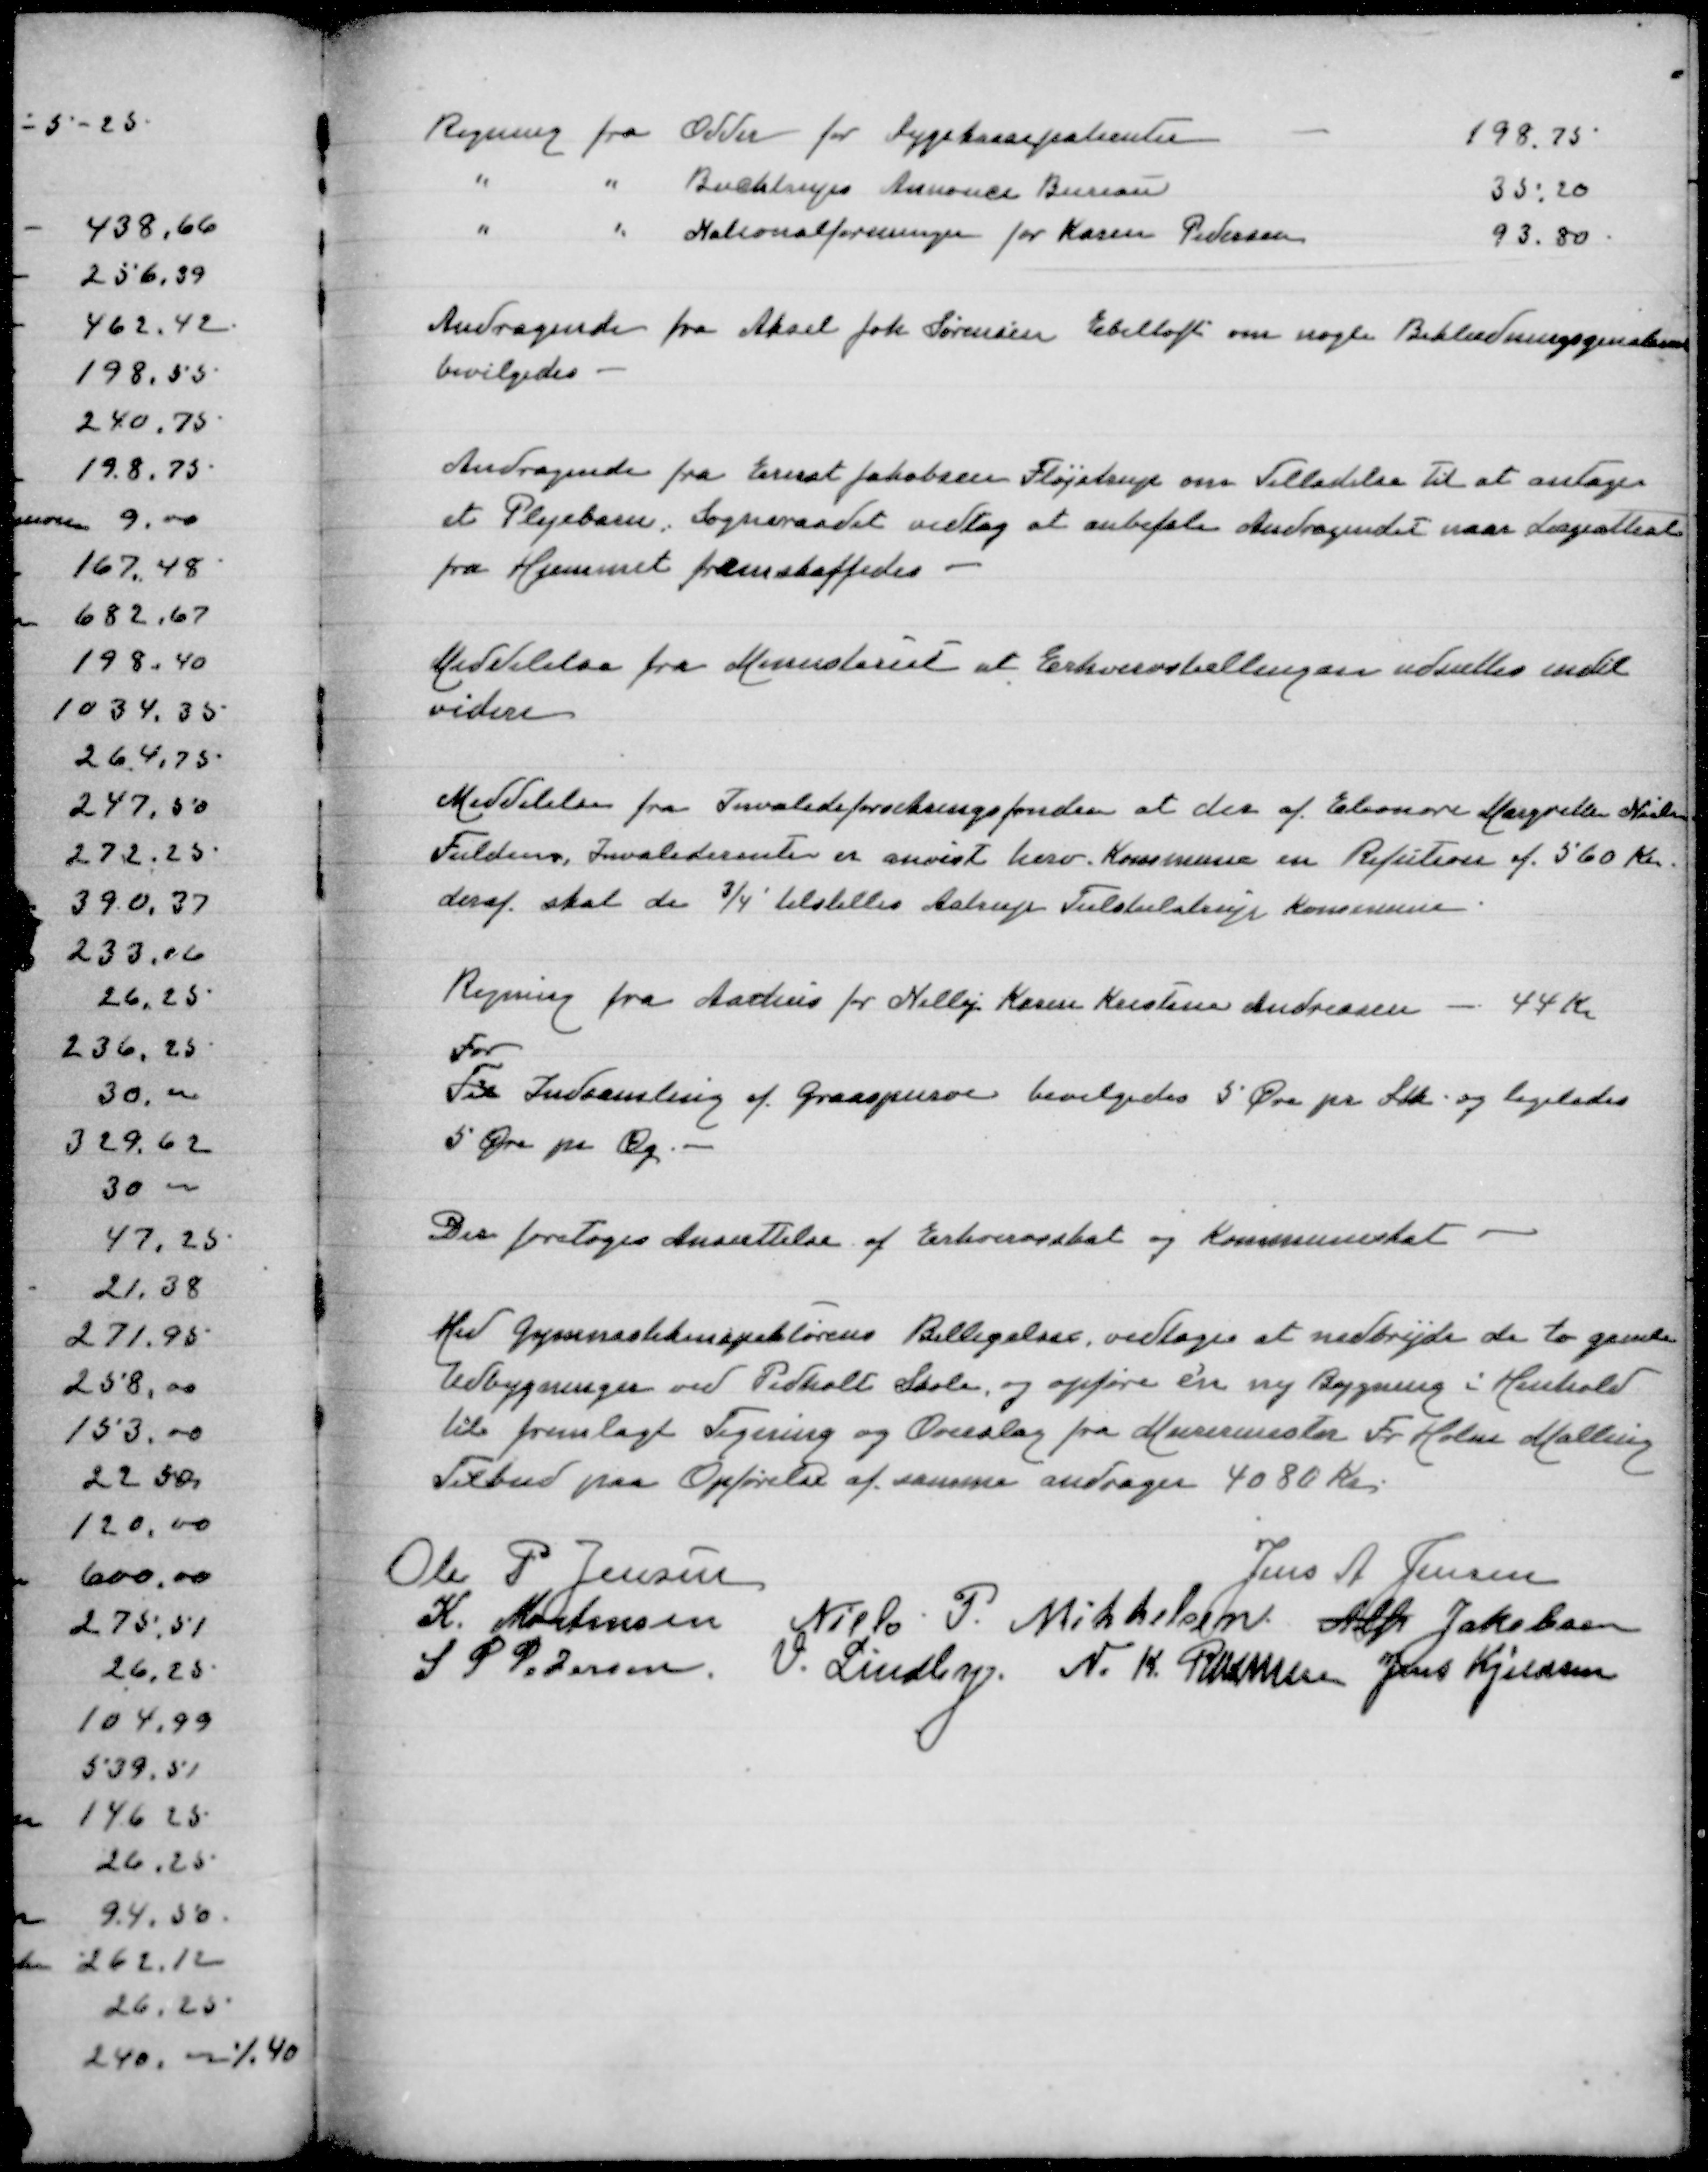
Transskription:
Regning fra Odder for Sygehuspatienter
198,75
" " Buchtrups Annonce Bureau
35,20
" " Nationalforeningen for Karen Pedersen
93,80

Andragende fra Aksel Johs Sørensen Ebeltoft om nogle Beklædningsgenstande
bevilgedes

Andragende fra Ernst Jakobsen Fløjstrup om tilladelse til at antage
et Plejebarn, Sogneraadet vedtog at anbefale Andragendet naar Lægeattest
fra Hjemmet fremskaffedes

Meddelelse fra Ministeriet at Erhvervsbellinger udsættes indtil
videre

Meddelelse fra Invalideforsikringsfonden at der af Eleonora Margtrethe Nielsen
Fuldens, Invaliderente er anvist herv Kommune en Refusion af 560 Kr
deraf skal 3/4 tilstilles Astrup Tulstulstrup Kommune

Regning fra Aarhus Nelly Karen Kristine Andreasen - 44 Kr
For
Til Indsamling af Graaspurve bevilgedes 5 Øre pr Stk og ligeledes
5 Øre pr Æg

Der foretoges Ansættelse af Erhvervsskat og Kommuneskat

Med Gymnestikinspektørens Billigelse vedtoges at nedbryde de to gamle
Udbygninger ved Pedholt Skole og opføre e'n ny Bygning i Henhold
til fremlagt Tegning og Overslag fra Murermester Fr Holm Malling
Tilbud paa Opførelse af samme andrager 4080 Kr

Ole P Jensen
Jens A Jensen
K Mortensen
Niels P Mikkelsen
Alfr Jakobsen
S P Pedersen
V Lindby
N K Rasmussen
Jens Kjeldsen